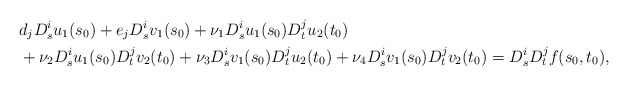
\begin{align*}& d_j D_s^i u_1(s_0) + e_j D_s^i v_1(s_0) + \nu_1 D_s^i u_1(s_0) D_t^j u_2(t_0) \\& + \nu_2 D_s^i u_1(s_0) D_t^j v_2(t_0) + \nu_3 D_s^i v_1(s_0) D_t^j u_2(t_0) + \nu_4 D_s^i v_1(s_0) D_t^j v_2(t_0) = D_s^i D_t^j f(s_0,t_0),\end{align*}